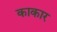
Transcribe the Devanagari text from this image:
काकार